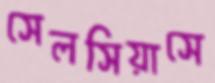
সেলসিয়াসে